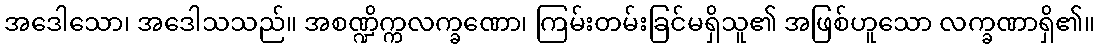
အဒေါသော၊ အဒေါသသည်။ အစဏ္ဍိက္ကလက္ခဏော၊ ကြမ်းတမ်းခြင်မရှိသူ၏ အဖြစ်ဟူသော လက္ခဏာရှိ၏။